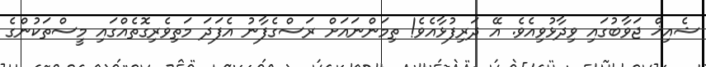
ޝެއިޚް ޖަވާބުގައި ވިދާޅުވިއެވެ. އޭ ދަރިފުޅާއެވެ! ތިމަންނައަށް ރަސްގެފާނު އެފަދަ މަތިވެރިގޮތެއްގައި މީސްތަކުންގެ